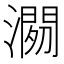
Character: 𱩓